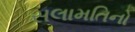
સલામતિનો